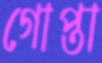
গোপ্তা